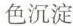
色沉淀